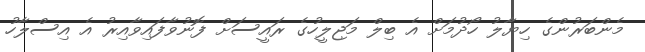
މެންބަރުންގެ ހިޔާލު ހޯދުމަށް އެ ބިލް މަޖިލީހުގެ ރައީސަށް ފޮނުވާފައިވާއިރު އެ އިސްލާހު